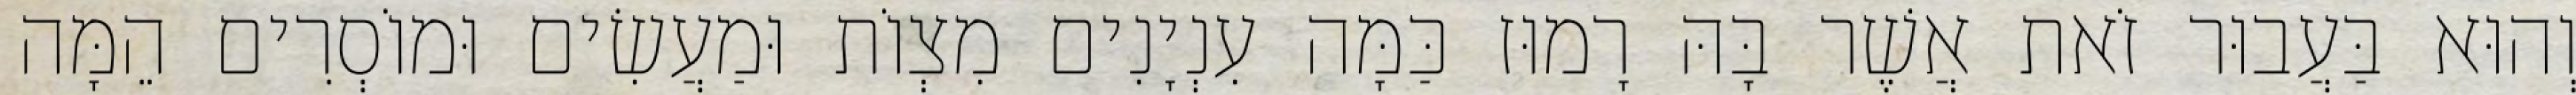
וְהוּא בַּעֲבוּר זֹאת אֲשֶׁר בָּהּ רָמוּז כַּמָּה עִנְיָנִים מִצְוֹת וּמַעֲשִׂים וּמוֹסְרִים הֵמָּה